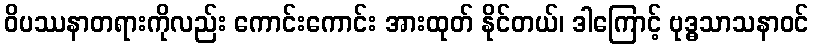
ဝိပဿနာတရားကိုလည်း ကောင်းကောင်း အားထုတ် နိုင်တယ်၊ ဒါကြောင့် ဗုဒ္ဓသာသနာဝင်